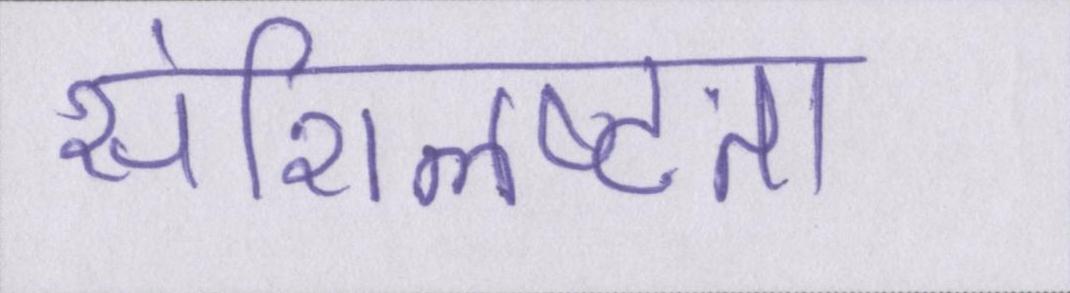
संशिलष्टता